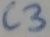
Text: C3